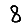
Digit: 8